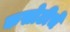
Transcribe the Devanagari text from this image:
कसोटीचे